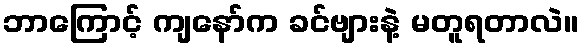
ဘာကြောင့် ကျနော်က ခင်ဗျားနဲ့ မတူရတာလဲ။